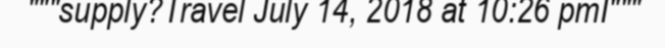
"""supply?Travel July 14, 2018 at 10:26 pmI"""